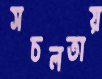
সচলতায়